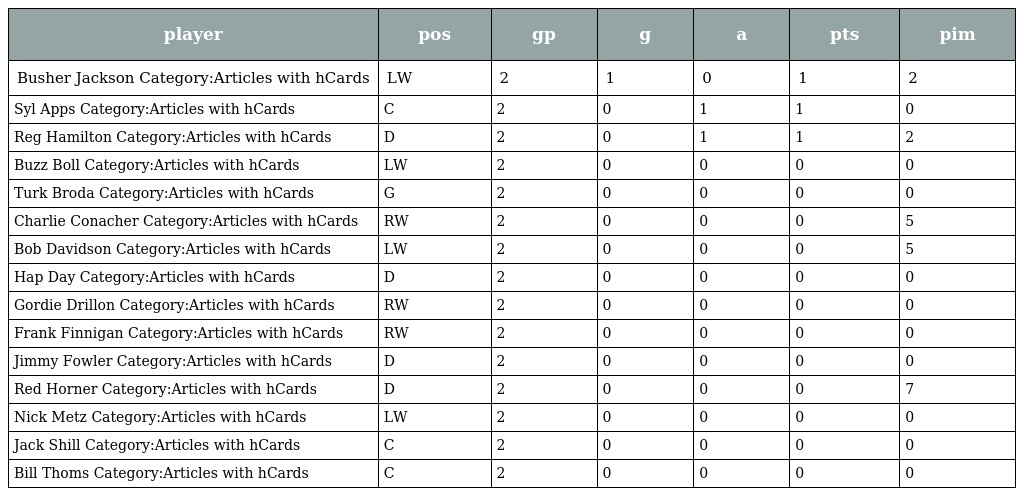
| player | pos | gp | g | a | pts | pim |
 | --- | --- | --- | --- | --- | --- | --- |
 | Busher Jackson Category:Articles with hCards | LW | 2 | 1 | 0 | 1 | 2 |
 | Syl Apps Category:Articles with hCards | C | 2 | 0 | 1 | 1 | 0 |
 | Reg Hamilton Category:Articles with hCards | D | 2 | 0 | 1 | 1 | 2 |
 | Buzz Boll Category:Articles with hCards | LW | 2 | 0 | 0 | 0 | 0 |
 | Turk Broda Category:Articles with hCards | G | 2 | 0 | 0 | 0 | 0 |
 | Charlie Conacher Category:Articles with hCards | RW | 2 | 0 | 0 | 0 | 5 |
 | Bob Davidson Category:Articles with hCards | LW | 2 | 0 | 0 | 0 | 5 |
 | Hap Day Category:Articles with hCards | D | 2 | 0 | 0 | 0 | 0 |
 | Gordie Drillon Category:Articles with hCards | RW | 2 | 0 | 0 | 0 | 0 |
 | Frank Finnigan Category:Articles with hCards | RW | 2 | 0 | 0 | 0 | 0 |
 | Jimmy Fowler Category:Articles with hCards | D | 2 | 0 | 0 | 0 | 0 |
 | Red Horner Category:Articles with hCards | D | 2 | 0 | 0 | 0 | 7 |
 | Nick Metz Category:Articles with hCards | LW | 2 | 0 | 0 | 0 | 0 |
 | Jack Shill Category:Articles with hCards | C | 2 | 0 | 0 | 0 | 0 |
 | Bill Thoms Category:Articles with hCards | C | 2 | 0 | 0 | 0 | 0 |